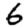
Digit: 6